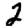
Digit: 2